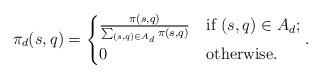
LaTeX: \begin{align*} \pi_d(s,q)&= \begin{cases} \frac{\pi(s,q)}{\sum_{(s,q)\in A_d} \pi(s,q)} &\mbox{if } (s,q)\in A_d; \\0 & \mbox{otherwise.} \end{cases}.\end{align*}